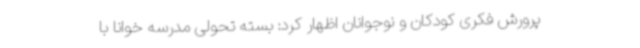
پرورش فکری کودکان و نوجوانان اظهار کرد: بسته تحولی مدرسه خوانا با